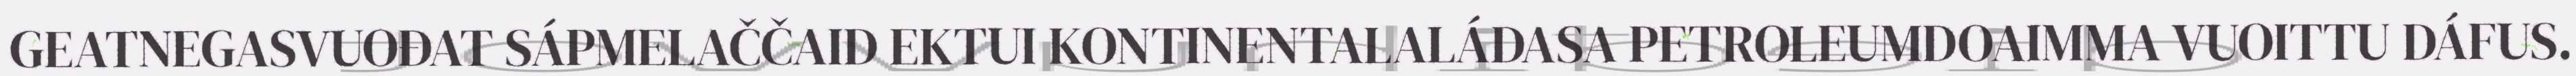
GEATNEGASVUOĐAT SÁPMELAČČAID EKTUI KONTINENTALALÁDASA PETROLEUMDOAIMMA VUOITTU DÁFUS.